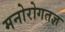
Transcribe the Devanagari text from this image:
मनोरोगतज्ञ